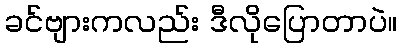
ခင်ဗျားကလည်း ဒီလိုပြောတာပဲ။